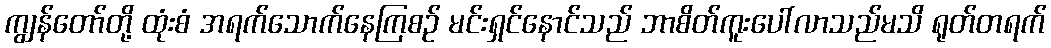
ကျွန်တော်တို့ ထုံးစံ အရက်သောက်နေကြစဉ် မင်းရှင်နောင်သည် ဘာစိတ်ကူးပေါ်လာသည်မသိ ရုတ်တရက်